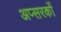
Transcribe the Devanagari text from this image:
अप्सरकों